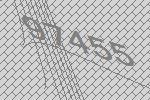
97455